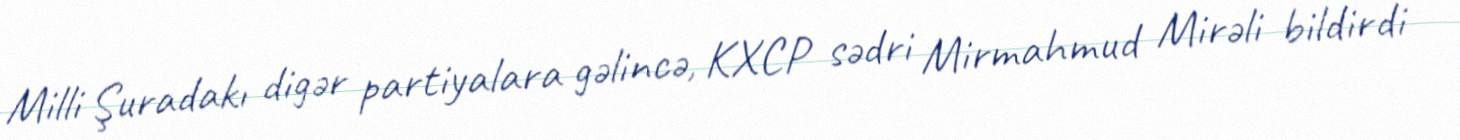
Milli Şuradakı digər partiyalara gəlincə, KXCP sədri Mirmahmud Mirəli bildirdi